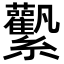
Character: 𧆉